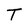
Character: T